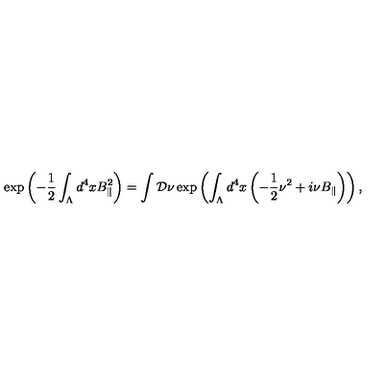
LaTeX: \exp \left( - \frac { 1 } { 2 } \int _ { \Lambda } d ^ { 4 } x B _ { \Vert } ^ { 2 } \right) = \int { \cal D } \nu \exp \left( \int _ { \Lambda } d ^ { 4 } x \left( - \frac { 1 } { 2 } \nu ^ { 2 } + i \nu B _ { \Vert } \right) \right) ,